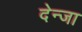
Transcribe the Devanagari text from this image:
देन्जा